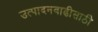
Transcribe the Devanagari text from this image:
उत्पादनवाढीसाठी